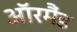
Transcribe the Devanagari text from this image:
ऑरमैंड